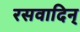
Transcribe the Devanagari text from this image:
रसवादिन्